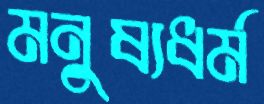
মনুষ্যধর্ম